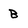
Character: B